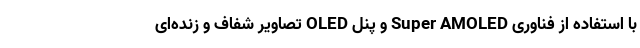
با استفاده از فناوری Super AMOLED و پنل OLED تصاویر شفاف و زنده‌ای